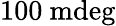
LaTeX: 100~\mathrm{mdeg}